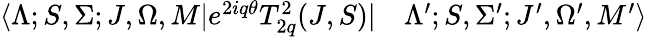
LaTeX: \begin{array}{rl}{\langle\Lambda;S,\Sigma;J,\Omega,M|e^{2iq\theta}T_{2q}^{2}(J,S)|}&{{}\Lambda^{\prime};S,\Sigma^{\prime};J^{\prime},\Omega^{\prime},M^{\prime}\rangle}\end{array}